system: You are a helpful assistant.
user:
Analyze the provided spectrum to determine if it is a **Carbon Star (C-type)**.

- **Key Visual Indicators of Carbon Star:**
    - **(Primary):** Strong molecular absorption from **C₂ (diatomic carbon) "Swan Bands."** This is the **defining feature** of a carbon star.
        - **(Key Bandheads):** Sharp absorption edges are visible at approximately $5635$ Å, $5165$ Å (the strongest band), and $4737$ Å.
        - **(Line Profile):** Creates a distinct **"saw-tooth"** pattern. The key morphology is a sharp, steep bandhead on the **red (long-wavelength) side**, which then gradually tapers off (i.e., flux recovers) towards the **blue (short-wavelength) side**. *(This is the direct opposite of the TiO bands seen in M-type stars)*.

    - **(Secondary):** Intense **CN (cyanogen)** molecular absorption bands.
        - **(Key Bandheads):** Located in the blue and violet regions of the spectrum (e.g., near $4215$ Å and $3883$ Å).
        - **(Morphology):** These bands are extremely broad and act as a "blanket," absorbing the vast majority of blue and violet light. This creates a characteristic **"cliff"** or **"steep drop-off"** in the spectrum's flux at short wavelengths.

    - **(Key Confirmation):** Strong **CH absorption band (G-band)**.
        - **(Key Bandhead):** Located around $4300$ Å. The contribution from CH molecules to this band is exceptionally strong.

    - **(Overall Spectrum):**
        - The continuum is severely "chopped up" by these deep molecular bands, especially C₂, rather than appearing as a smooth curve.
        - Due to the heavy CN and C₂ absorption in the blue-green, the vast majority of the star's flux is concentrated in the red part of the spectrum, giving the star its characteristic deep red color.

Think first, call **spectral_visualization_tool** if needed to examine features in detail, then provide your final answer. Your response must adhere to the following strict rules:
1.  **Overall Structure:** Your response must follow the format `<think>...</think> <tool_call>...</tool_call> (if a tool is used) <answer>...</answer>`.
2.  **Tool Usage Constraint:** You may only make **one** tool call per turn.
3.  **Final Answer Format:** In the `<answer>` tag, your conclusion must be inside a `\boxed{}` command (e.g., `\boxed{YES}`), followed by your justification.

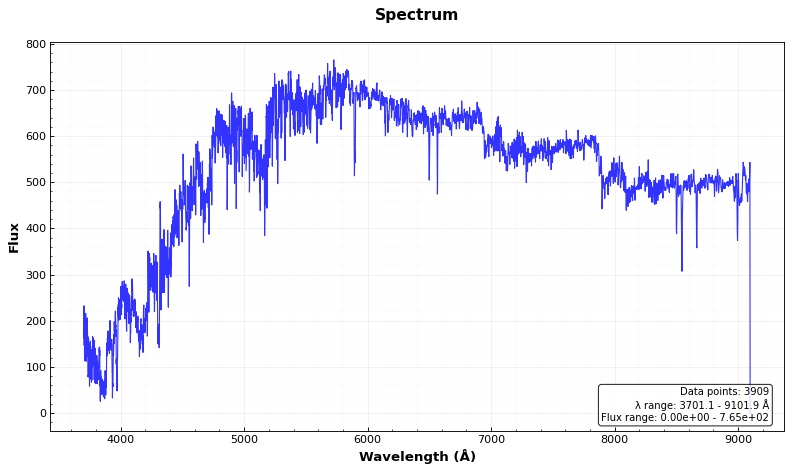
Answer: YES